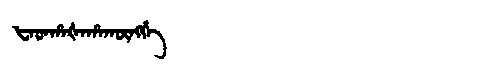
Manchu: ᡶᠠᡨᡥᠠᡧᠠᡥᠠᡴᡡᠩᡤᡝ
Romanization: FATHAŠAHAKŪNGGE